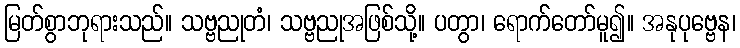
မြတ်စွာဘုရားသည်။ သဗ္ဗညုတံ၊ သဗ္ဗညုအဖြစ်သို့။ ပတွာ၊ ရောက်တော်မူ၍။ အနုပုဗ္ဗေန၊